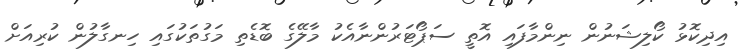
އިދިކޮޅު ކޯލިޝަނުން ނިންމާފައި އޮތީ ސަޕޯޓަރުންނާއެކު މާލޭގެ ބޮޑެތި މަގުތަކުގައި ހިނގާލުން ކުރިއަށް